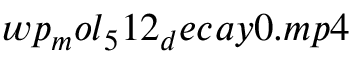
w p _ { m } o l _ { 5 } 1 2 _ { d } e c a y 0 . m p 4